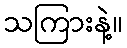
သကြားနဲ့။